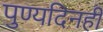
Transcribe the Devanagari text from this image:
पुण्यदिनही